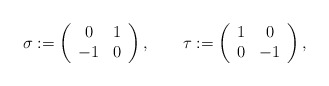
\begin{align*}\sigma:=\left(\begin{array}{cc}0&1\\-1&0\end{array}\right),\qquad\tau:=\left(\begin{array}{cc}1&0\\0&-1\end{array}\right),\end{align*}